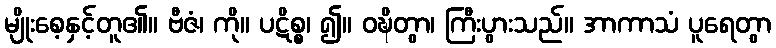
မျိုးစေ့နှင့်တူ၏။ ဗီဇံ၊ ကို။ ပဋိစ္စ၊ ၍။ ဝဍ္ဎိတွာ၊ ကြီးပွားသည်။ အာကာသံ ပူရေတွာ